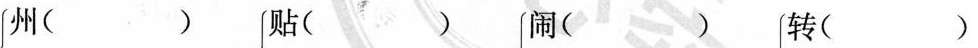
州（）贴（）闹（）转（）